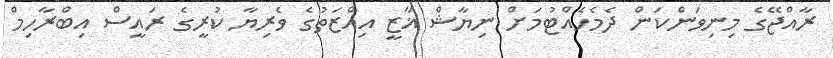
ރާއްޖޭގެ މިނިވަންކަން ދެމެހެއްޓުމަށް ނިޔާޝް ޣާޒީ އިއްޒަތުގެ ވެރިޔާ ކުރީގެ ރައީސް އިބްރާހިމް